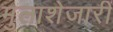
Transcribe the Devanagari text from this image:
मुलाशेजारीं